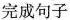
完成句子